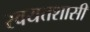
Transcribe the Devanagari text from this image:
स्वयत्तशासी